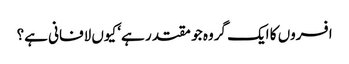
افسروں کا ایک گروہ جو مقتدر ہے‘ کیوں لافانی ہے؟